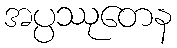
အပ္ပဿုတေန